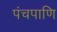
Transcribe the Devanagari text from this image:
पंचपाणि